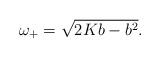
LaTeX: \begin{align*}\omega_{+}=\sqrt{2Kb-b^{2}}.\end{align*}